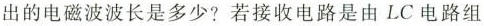
出的电磁波波长是多少?若接收电路是由LC电路组